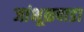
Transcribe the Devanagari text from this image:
जांभूळपाडा